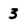
Character: 3